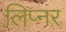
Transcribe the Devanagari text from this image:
लिप्नर